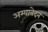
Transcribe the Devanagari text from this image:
अम्यावेदन